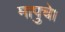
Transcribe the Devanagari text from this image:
मापुचे।